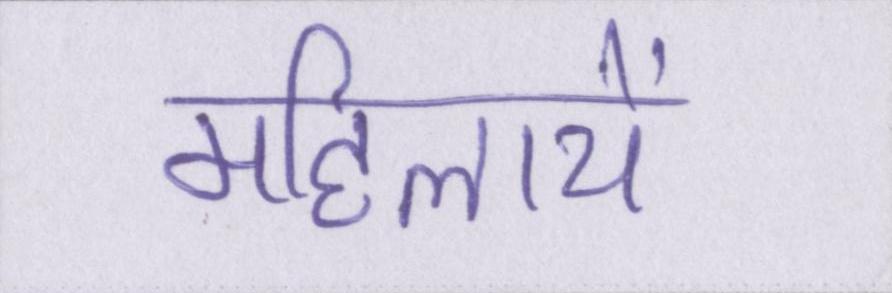
महिलायें